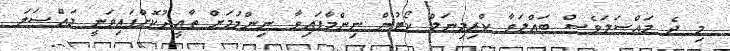
މި ދެ މައްސަލަވެސް ބައްލަވާ ކްރިމިނަލް ކޯޓުން ނިންމާފައިވާ ނިންމުމަށް ތާއީދުކޮށްފައިވަނީ މައްސަލަ